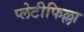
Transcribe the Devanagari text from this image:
प्लेटीफिल्ला